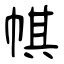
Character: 帺